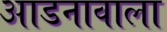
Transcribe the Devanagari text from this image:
आडनावाला